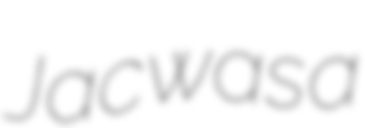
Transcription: Jac was a